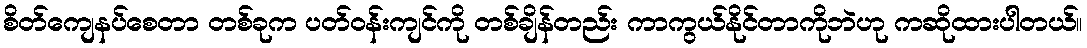
စိတ်ကျေနပ်စေတာ တစ်ခုက ပတ်ဝန်းကျင်ကို တစ်ချိန်တည်း ကာကွယ်နိုင်တာကိုဘဲဟု ကဆိုထားပါတယ်။